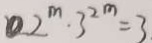
2 ^ { m } \cdot 3 ^ { 2 m } = 3